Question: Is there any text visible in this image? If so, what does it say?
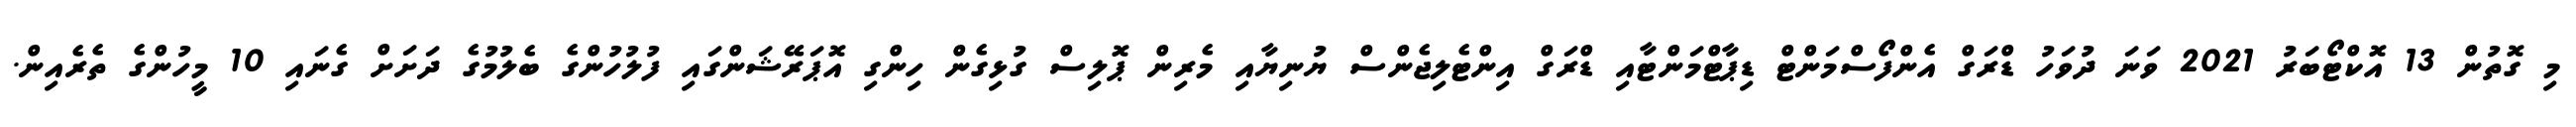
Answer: މި ގޮތުން 13 އޮކްޓޯބަރު 2021 ވަނަ ދުވަހު ޑްރަގް އެންފޯސްމަންޓް ޑިޕާޓްމަންޓާއި ޑްރަގް އިންޓެލިޖެންސް ޔުނިޔާއި މެރިން ޕޮލިސް ގުޅިގެން ހިންގި އޮޕަރޭޝަންގައި ފުލުހުންގެ ބެލުމުގެ ދަށަށް ގެނައި 10 މީހުންގެ ތެރެއިން.